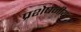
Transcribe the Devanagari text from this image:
प्रशेषनीय